Annual report of the Central Committee of the Association together with the report of the directors of the Pasteur Institute at Kasauli
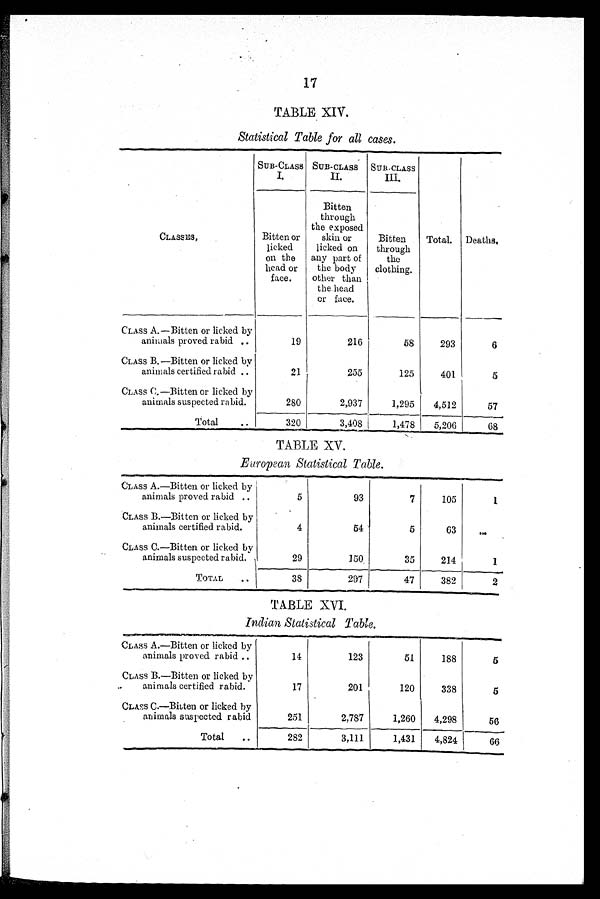
17
TABLE XIV.
Statistical Table for all cases.
SUB-CLASS
I.
SUB-CLASS
II.
SUB-CLASS
III.
CLASSES,
Bitten or
licked
on the
head or
face.
Bitten
through
the exposed
skin or
licked on
any part of
the body
other than
the head
or face.
Bitten
through
the
clothing.
Total. Deaths,
CLASS A.—Bitten or licked by
animals proved rabid
19
216
58
293
6
CLASS B.—Bitten or licked by
animals certified rabid
21
255
125
401
5
CLASS C.—Bitten or licked by
animals suspected rabid.
280
2,937
1,295
4,512
57
Total
320
3,408
1,478
5,206
68
TABLE XV.
European Statistical Table.
CLASS A.—Bitten or licked by
animals proved rabid.
5
93
7
105
1 .
CLASS B.—Bitten or licked by
animals certified rabid.
4
64
6
63
. . .
CLASS C.—Bitten or licked by
animals suspected rabid.
29
150.
35
214
1
TOTAL
38
297
47
382
2
TABLE XVI.
Indian Statistical Table.
CLASS A.—Bitten or licked by
animals proved rabid ..
14
123
51
188
5
CLASS B.—Bitten or licked by
animals certified rabid.
17
201
120
338
5
CLASS C.—Bitten or licked by
animals suspected rabid
251
2,787
1,260
4,298
56
Total
282
3,111
1,431
4,824
66